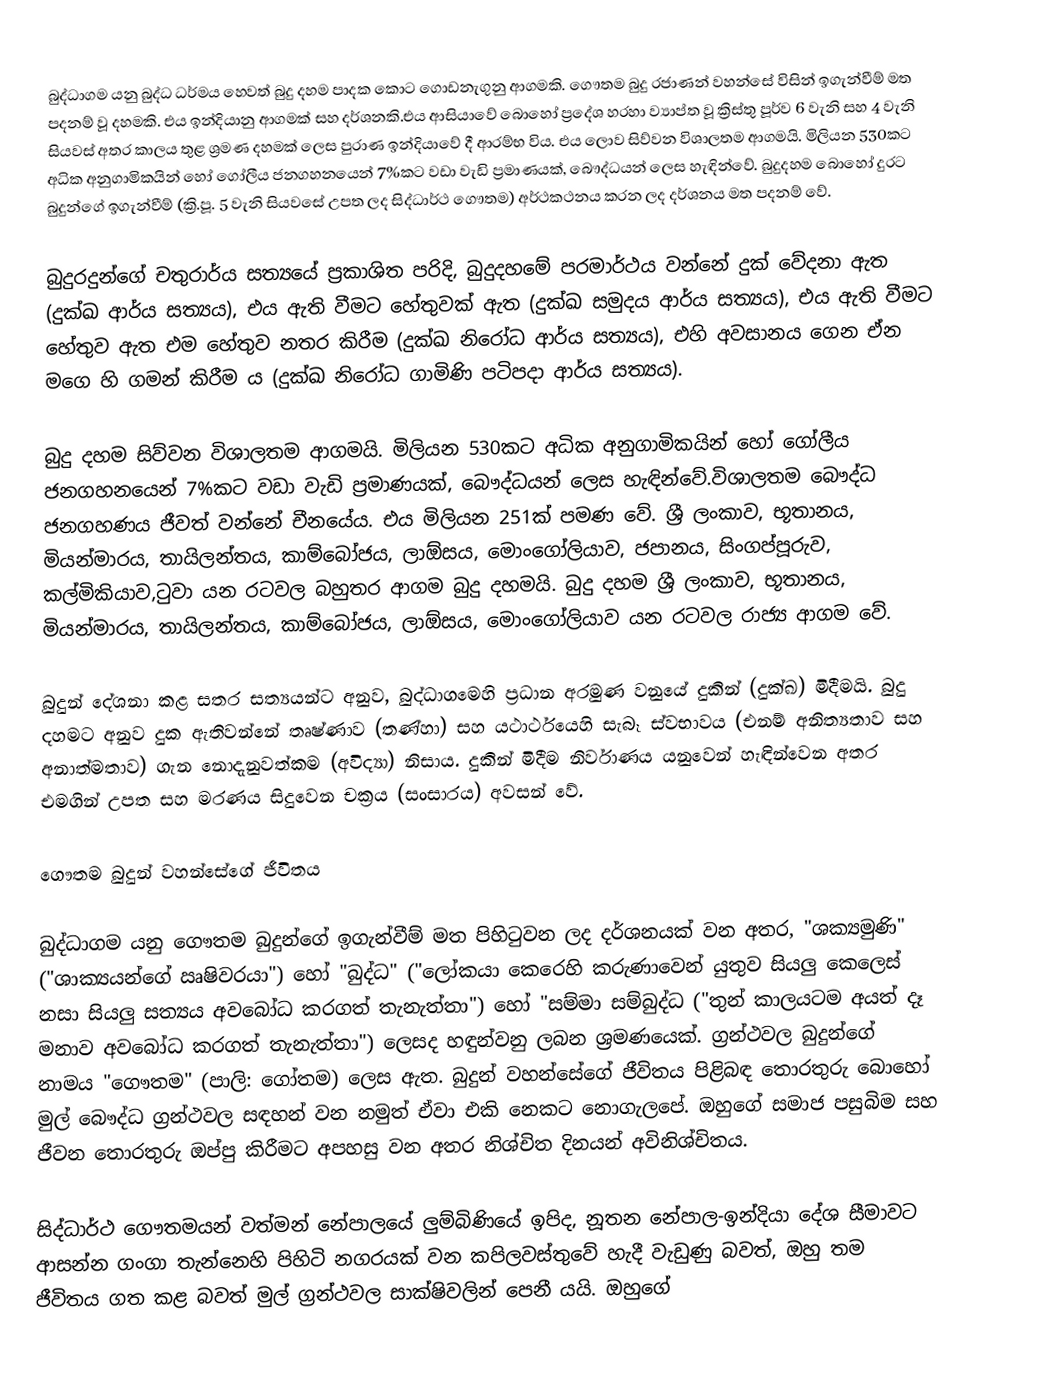
බුද්ධාගම යනු බුද්ධ ධර්මය හෙවත් බුදු දහම පාදක කොට ගොඩනැගුනු ආගමකි.  ගෞතම බුදු රජාණන් වහන්සේ විසින් ඉගැන්වීම් මත පදනම් වූ  දහමකි. එය ඉන්දියානු ආගමක් සහ දර්ශනකි.එය ආසියාවේ බොහෝ ප්‍රදේශ හරහා ව්‍යාප්ත වූ ක්‍රිස්තු පූර්ව 6 වැනි සහ 4 වැනි සියවස් අතර කාලය තුළ ශ්‍රමණ දහමක් ලෙස පුරාණ ඉන්දියාවේ දී ආරම්භ විය. එය ලොව සිව්වන විශාලතම ආගමයි. මිලියන 530කට අධික අනුගාමිකයින් හෝ ගෝලීය ජනගහනයෙන් 7%කට වඩා වැඩි ප්‍රමාණයක්, බෞද්ධයන් ලෙස හැඳින්වේ. බුදුදහම බොහෝ දුරට බුදුන්ගේ ඉගැන්වීම් (ක්‍රි.පූ. 5 වැනි සියවසේ උපත ලද සිද්ධාර්ථ ගෞතම) අර්ථකථනය කරන ලද දර්ශනය මත පදනම් වේ.

බුදුරදුන්ගේ චතුරාර්ය සත්‍යයේ ප්‍රකාශිත පරිදි, බුදුදහමේ පරමාර්ථය වන්නේ දුක් වේදනා ඇත (දුක්ඛ ආර්ය සත්‍යය), එය ඇති වීමට හේතුවක් ඇත (දුක්ඛ සමුදය ආර්ය සත්‍යය), එය ඇති වීමට හේතුව ඇත එම හේතුව නතර කිරීම (දුක්ඛ නිරෝධ ආර්ය සත්‍යය), එහි අවසානය ගෙන ඒන මගෙ හි ගමන් කිරීම ය (දුක්ඛ නිරෝධ ගාමිණි පටිපදා ආර්ය සත්‍යය).

බුදු දහම සිව්වන විශාලතම ආගමයි. මිලියන 530කට අධික අනුගාමිකයින් හෝ ගෝලීය ජනගහනයෙන් 7%කට වඩා වැඩි ප්‍රමාණයක්, බෞද්ධයන් ලෙස හැඳින්වේ.විශාලතම බෞද්ධ ජනගහණය ජීවත් වන්නේ චීනයේය. එය මිලියන 251ක් පමණ වේ. ශ්‍රී ලංකාව, භූතානය, මියන්මාරය, තායිලන්තය, කාම්බෝජය, ලාඕසය, මොංගෝලියාව, ජපානය, සිංගප්පූරුව, කල්මිකියාව,ටුවා යන රටවල බහුතර ආගම බුදු දහමයි. බුදු දහම ශ්‍රී ලංකාව, භූතානය, මියන්මාරය, තායිලන්තය, කාම්බෝජය, ලාඕසය, මොංගෝලියාව යන රටවල රාජ්‍ය ආගම වේ.

බුදුන් දේශනා කළ සතර සත්‍යයන්ට අනුව, බුද්ධාගමෙහි ප්‍රධාන අරමුණ වනුයේ දුකින් (දුක්ඛ) මිදීමයි. බුදු දහමට අනුව දුක ඇතිවන්නේ තෘෂ්ණාව (තණ්හා) සහ යථාර්ථයෙහි සැබෑ ස්වභාවය (එනම් අනිත්‍යතාව සහ අනාත්මතාව) ගැන නොදැනුවත්කම (අවිද්‍යා) නිසාය. දුකින් මිදීම නිර්වාණය යනුවෙන් හැඳින්වෙන අතර එමගින් උපත සහ මරණය සිදුවෙන චක්‍රය (සංසාරය) අවසන් වේ.

ගෞතම බුදුන් වහන්සේගේ ජීවිතය

බුද්ධාගම යනු ගෞතම බුදුන්ගේ ඉගැන්වීම් මත පිහිටුවන ලද දර්ශනයක් වන අතර, "ශක්‍යමුණි" ("ශාක්‍යයන්ගේ ඍෂිවරයා") හෝ "බුද්ධ" ("ලෝකයා කෙරෙහි කරුණාවෙන් යුතුව සියලු කෙලෙස් නසා සියලු සත්‍යය අවබෝධ කරගත් තැනැත්තා") හෝ "සම්මා සම්බුද්ධ ("තුන් කාලයටම අයත් දෑ මනාව අවබෝධ කරගත් තැනැත්තා") ලෙසද හඳුන්වනු ලබන ශ්‍රමණයෙක්. ග්‍රන්ථවල බුදුන්ගේ නාමය "ගෞතම" (පාලි: ගෝතම) ලෙස ඇත. බුදුන් වහන්සේගේ ජීවිතය පිළිබඳ තොරතුරු බොහෝ මුල් බෞද්ධ ග්‍රන්ථවල සඳහන් වන නමුත් ඒවා එකි නෙකට නොගැලපේ. ඔහුගේ සමාජ පසුබිම සහ ජීවන තොරතුරු ඔප්පු කිරීමට අපහසු වන අතර නිශ්චිත දිනයන් අවිනිශ්චිතය.

සිද්ධාර්ථ ගෞතමයන් වත්මන් නේපාලයේ ලුම්බිණියේ ඉපිද, නූතන නේපාල-ඉන්දියා දේශ සීමාවට ආසන්න ගංගා තැන්නෙහි පිහිටි නගරයක් වන කපිලවස්තුවේ හැදී වැඩුණු බවත්, ඔහු තම ජීවිතය ගත කළ බවත් මුල් ග්‍රන්ථවල සාක්ෂිවලින් පෙනී යයි. ඔහුගේ